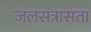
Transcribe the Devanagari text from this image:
जलसंत्रासता